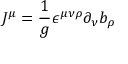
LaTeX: J ^ { \mu } = \frac { 1 } { g } \epsilon ^ { \mu \nu \rho } \partial _ { \nu } b _ { \rho }